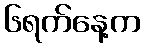
၆ရက်နေ့က